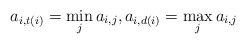
\begin{align*}a_{i,t(i)}=\min_j a_{i,j},a_{i,d(i)}=\max_j a_{i,j}\end{align*}